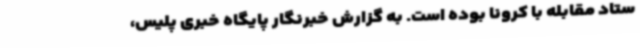
ستاد مقابله با کرونا بوده است. به گزارش خبرنگار پایگاه خبری پلیس،